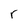
Character: r